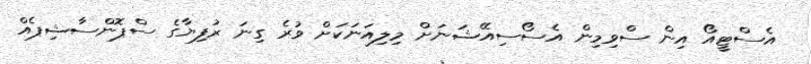
އެސްޓީއޯ އިން ސްވިމިން އެސޯސިއޭޝަނަށް މިލިއަނަކަށް ވުރެ ގިނަ ރުފިޔާގެ ސްޕޮންސާޝިޕެއް